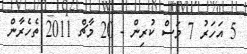
5 އަހަރު 7 މަސް ކުރިން - 20 މާޗް 2011 ތެހެރާން